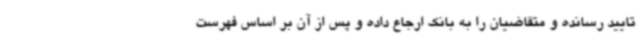
تایید رسانده و متقاضیان را به بانک ارجاع داده و پس از آن بر اساس فهرست